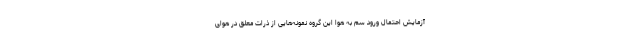
آزمایش احتمال ورود سم به هوا این گروه نمونه‌هایی از ذرات معلق در هوای